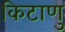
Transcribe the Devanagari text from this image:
किटाणु